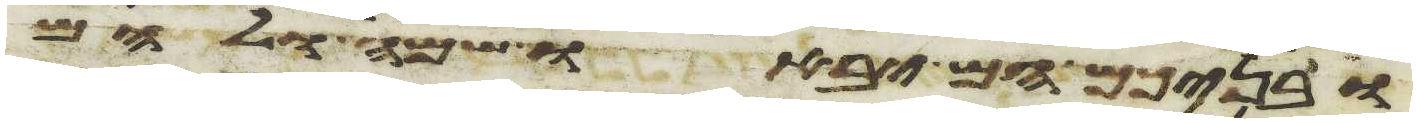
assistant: ובניכם הם יבאו שם ולהם